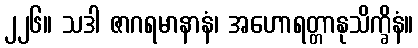
၂၂၆။ သဒါ ဇာဂရမာနာနံ၊ အဟောရတ္တာနုသိက္ခိနံ။